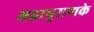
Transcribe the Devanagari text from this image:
महापुराणके